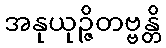
အနုယုဉ္ဇိတဗ္ဗန္တိ